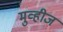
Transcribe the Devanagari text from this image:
मुव्हीज